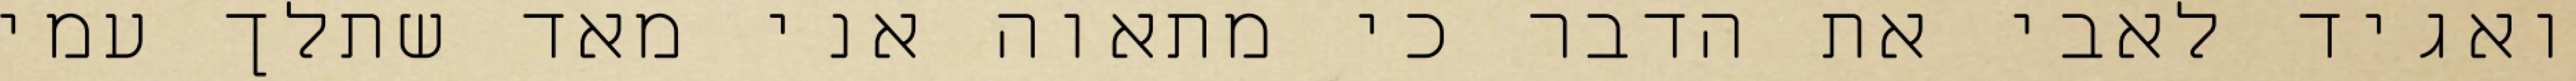
ואגיד לאבי את הדבר כי מתאוה אני מאד שתלך עמי